Eesti_Rahvusfond, lk 93
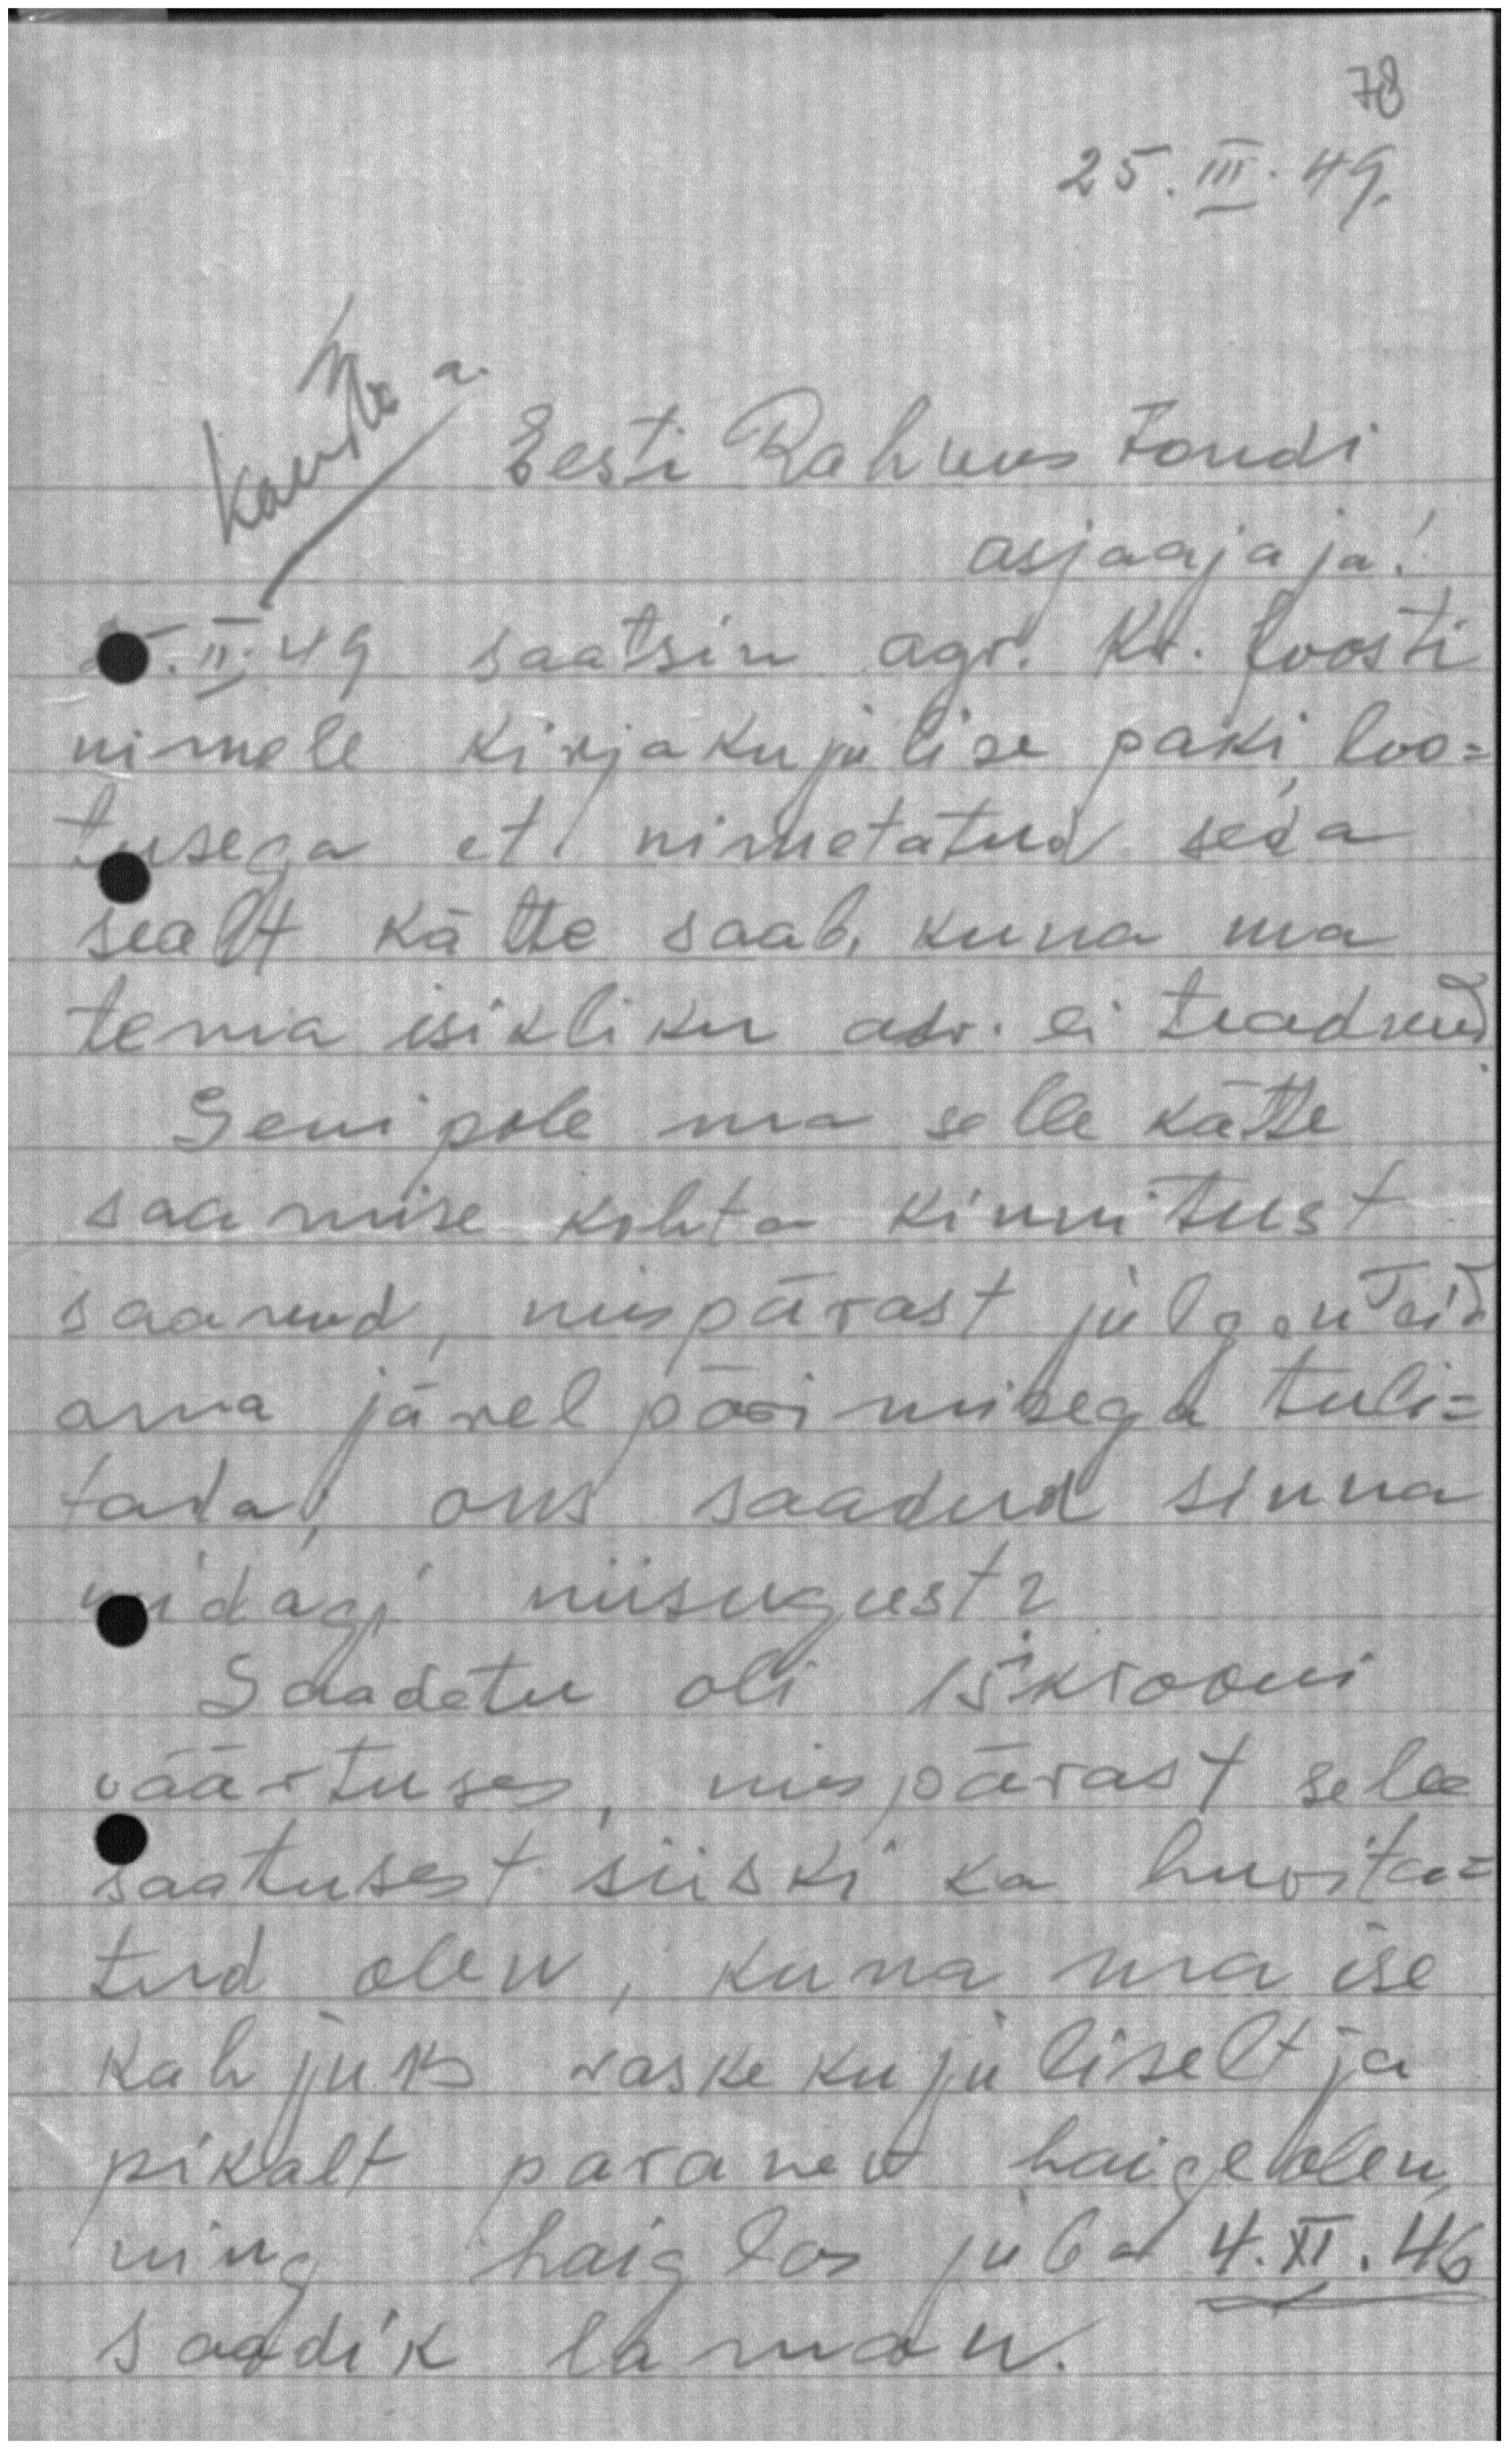
78
25. III. 49.

Eesti Rahvus Fondi
asjaajaja!
25. II 49 saatsin agr. Kr. Joosti
nimele kirjakujulise paki loo-
tusega et nimetatud seda
sealt kätte saab, kuna ma
tema isikliku adr. ei teadnud
Seni pole ma selle kätte,
saamise kohta kinnitust
saanud, mispärast julgen Teid
oma järel pärimisega tuli-
tada, ons saadud sinna
midagi niisugust?
Saadetu oli 15 krooni
väärtuses, mis pärast selle
saatusest siiski ka huvita-
tud olen, kuna ma ise
kahjuks raskekujuliselt ja
pikalt paranev haige olen,
ning haiglas juba 4. XI. 46
saadik laman.